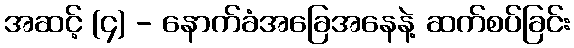
အဆင့် (၄) - နောက်ခံအခြေအနေနဲ့ ဆက်စပ်ခြင်း